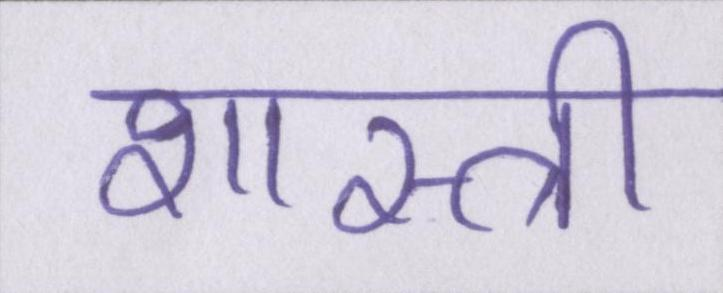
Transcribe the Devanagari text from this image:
शास्त्री